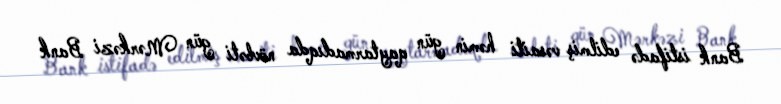
Bank istifadə edilmiş vəsaiti həmin gün qaytarmadıqda növbəti gün Mərkəzi Bank